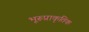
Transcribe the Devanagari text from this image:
भूरूप्राकृतिक